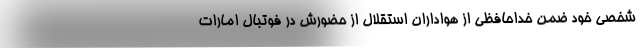
شخصی خود ضمن خداحافظی از هواداران استقلال از حضورش در فوتبال امارات